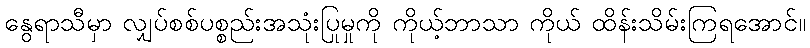
နွေရာသီမှာ လျှပ်စစ်ပစ္စည်းအသုံးပြုမှုကို ကိုယ့်ဘာသာ ကိုယ် ထိန်းသိမ်းကြရအောင်။